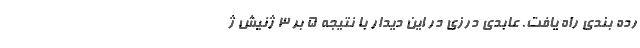
رده بندی راه یافت. عابدی درزی در این دیدار با نتیجه ۵ بر ۳ ژنیش ژ